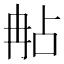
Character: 𠕟